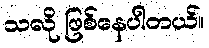
သလို ဖြစ်နေပါတယ်။